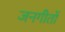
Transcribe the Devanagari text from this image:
जनगीतों